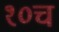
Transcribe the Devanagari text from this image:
१०च